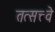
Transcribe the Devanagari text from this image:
तत्सत्त्वे